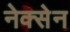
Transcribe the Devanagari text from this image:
नेक्सेन